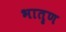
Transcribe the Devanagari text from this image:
भातॄण